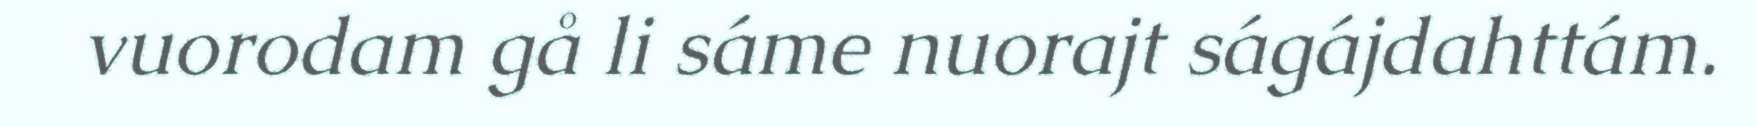
vuorodam gå li sáme nuorajt ságájdahttám.